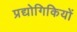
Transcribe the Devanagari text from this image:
प्रद्योगिकियों